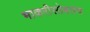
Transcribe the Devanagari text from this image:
भाकरीसोबतच